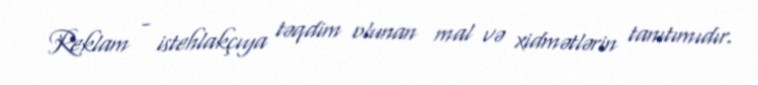
Reklam - istehlakçıya təqdim olunan mal və xidmətlərin tanıtımıdır.